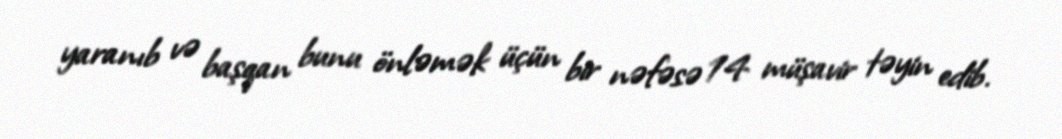
yaranıb və başqan bunu önləmək üçün bir nəfəsə 14 müşavir təyin edib.